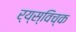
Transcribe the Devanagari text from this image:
र्य्स्विच्क